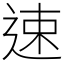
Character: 速